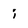
Character: i